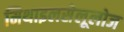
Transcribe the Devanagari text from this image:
मिथाइलसेलूलोज